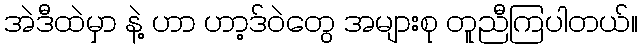
အဲဒီထဲမှာ နဲ့ ဟာ ဟာ့ဒ်ဝဲတွေ အများစု တူညီကြပါတယ်။